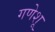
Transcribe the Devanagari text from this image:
गणेशू